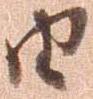
由